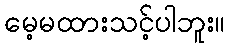
မေ့မထားသင့်ပါဘူး။